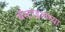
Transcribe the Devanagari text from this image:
बॅस्टाइलच्या